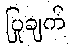
ပြုချက်